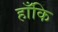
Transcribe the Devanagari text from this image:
हाँकि